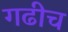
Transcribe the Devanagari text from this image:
गढीच